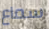
سماع